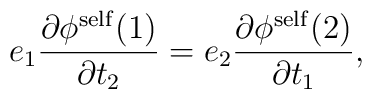
e_1 \frac{{\partial}{\phi}^{\rm self}(1)}{{\partial}t_2}= e_2 \frac{{\partial}{\phi}^{\rm self}(2)}{{\partial}t_1},